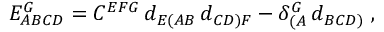
E _ { A B C D } ^ { G } = C ^ { E F G } \, d _ { E ( A B } \, d _ { C D ) F } - \delta _ { ( A } ^ { G } \, d _ { B C D ) } \ ,